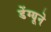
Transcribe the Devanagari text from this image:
डेंग्यूने